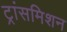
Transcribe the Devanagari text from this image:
ट्रांसमिशन